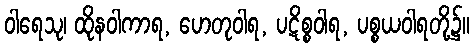
ဝါရေသု၊ ထိုနဝါကာရ, ဟေတုဝါရ, ပဋိစ္စဝါရ, ပစ္စယဝါရတို့၌။